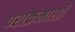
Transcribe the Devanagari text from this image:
पराक्रमाशी